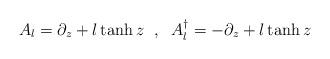
LaTeX: \begin{align*}A_{l}=\partial _{z}+l\tanh z\textrm{ }\; ,\; \textrm{ }A_{l}^{\dagger }=-\partial _{z}+l\tanh z\end{align*}